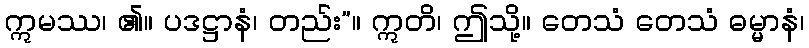
ဣမဿ၊ ၏။ ပဒဋ္ဌာနံ၊ တည်း”။ ဣတိ၊ ဤသို့။ တေသံ တေသံ ဓမ္မာနံ၊